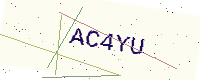
Text: AC4YU